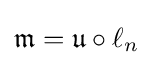
{\mathfrak {m}}={\mathfrak {u}}\circ \ell _{n}